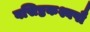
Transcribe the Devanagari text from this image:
वसिष्ठकश्यपौ